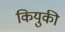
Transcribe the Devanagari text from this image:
कियुकी